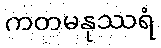
ကတမနုဿရံ